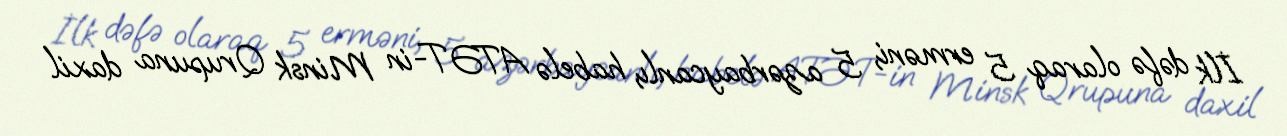
İlk dəfə olaraq 5 erməni, 5 azərbaycanlı, habelə ATƏT-in Minsk Qrupuna daxil